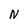
Character: N